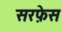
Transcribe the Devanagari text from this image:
सरफ़ेस